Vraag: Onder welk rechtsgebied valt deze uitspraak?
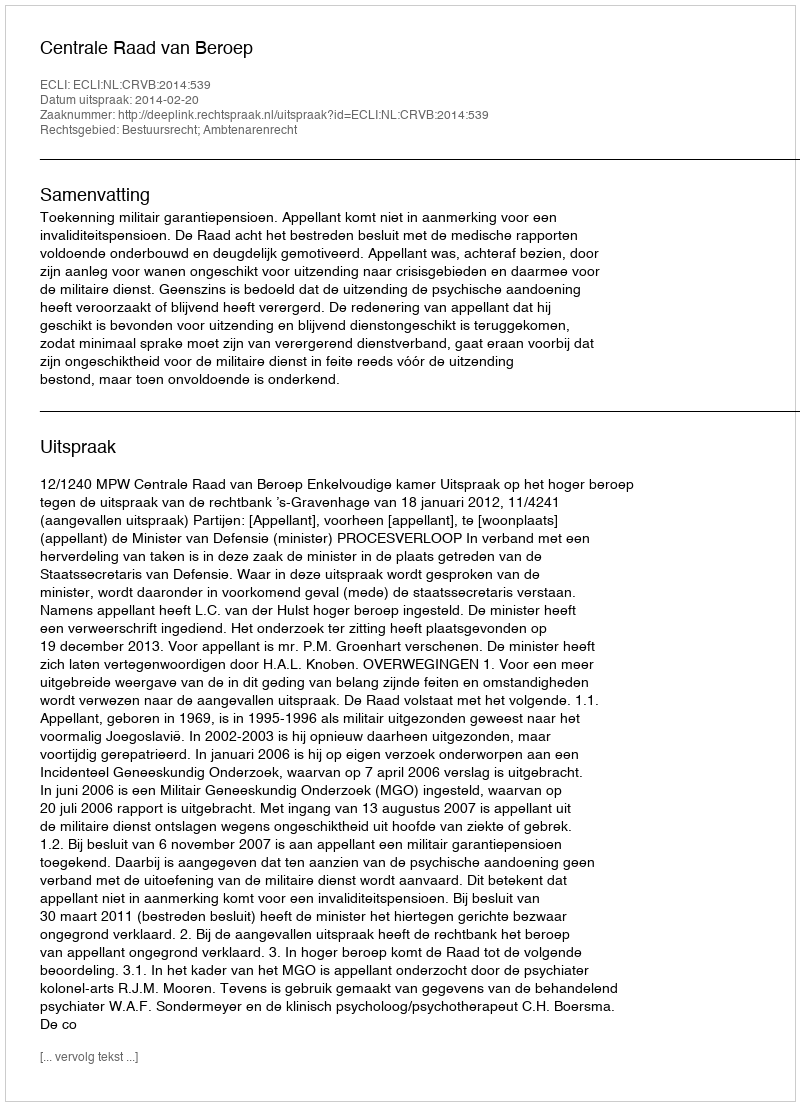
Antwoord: Bestuursrecht; Ambtenarenrecht